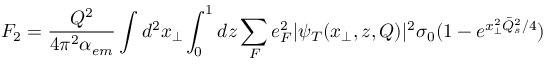
F _ { 2 } = { \frac { Q ^ { 2 } } { 4 \pi ^ { 2 } \alpha _ { e m } } } \int d ^ { 2 } x _ { \perp } \int _ { 0 } ^ { 1 } d z \sum _ { F } e _ { F } ^ { 2 } \vert \psi _ { T } ( x _ { \perp } , z , Q ) \vert ^ { 2 } \sigma _ { 0 } ( 1 - e ^ { x _ { \perp } ^ { 2 } { \bar { Q } } _ { s } ^ { 2 } / 4 } )